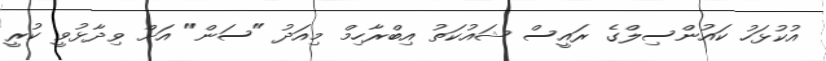
އުކުޅަހު ކައުންސިލްގެ ރައީސް ޝައުކަތު އިބްރާހިމް މިއަދު "ސަން" އަށް ވިދާޅުވީ ކުރީ